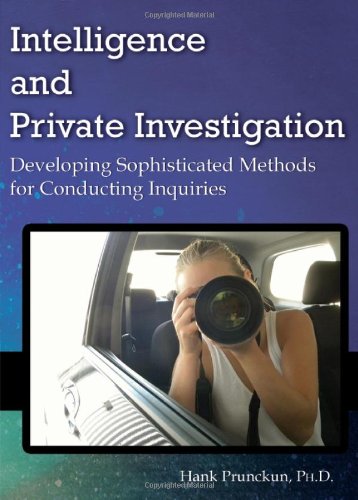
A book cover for Intelligence and Private Investigation: Developing Sophisticated Methods for Conducting Inquiries; Hank; Law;